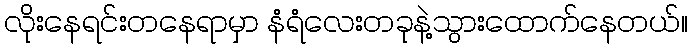
လိုးနေရင်းတနေရာမှာ နံရံလေးတခုနဲ့သွားထောက်နေတယ်။